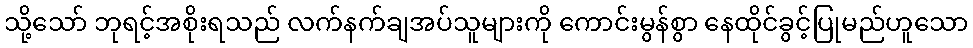
သို့သော် ဘုရင့်အစိုးရသည် လက်နက်ချအပ်သူများကို ကောင်းမွန်စွာ နေထိုင်ခွင့်ပြုမည်ဟူသော